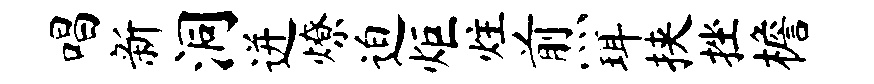
唱新洞迸燎迫炬炷煎珥挟挫檐